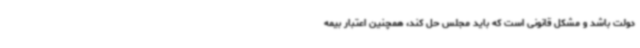
دولت باشد و مشکل قانونی است که باید مجلس حل کند، همچنین اعتبار بیمه